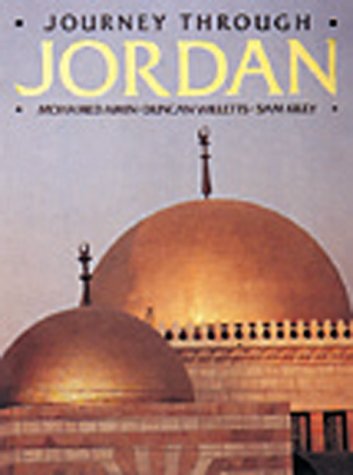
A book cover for Journey Through Jordan; Mohamed Amin; Travel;